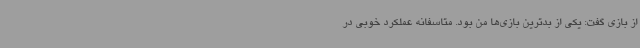
از بازی گفت: یکی از بدترین بازی‌ها من بود. متاسفانه عملکرد خوبی در